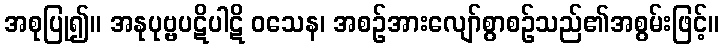
အစုပြု၍။ အနုပုဗ္ဗပဋိပါဋိ ဝသေန၊ အစဉ်အားလျော်စွာစဉ်သည်၏အစွမ်းဖြင့်။